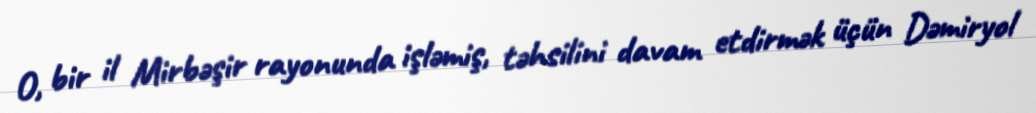
O, bir il Mirbəşir rayonunda işləmiş, təhsilini davam etdirmək üçün Dəmiryol